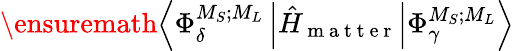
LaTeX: \ensuremath{\left\langle{\Phi}_{\delta}^{{M}_{S};{M}_{L}}\left\lvert{\hat{H}}_{\mathrm{~m~a~t~t~e~r~}}\right\rvert{\Phi}_{\gamma}^{{M}_{S};{M}_{L}}\right\rangle}